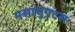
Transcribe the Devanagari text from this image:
मसाचुएटस